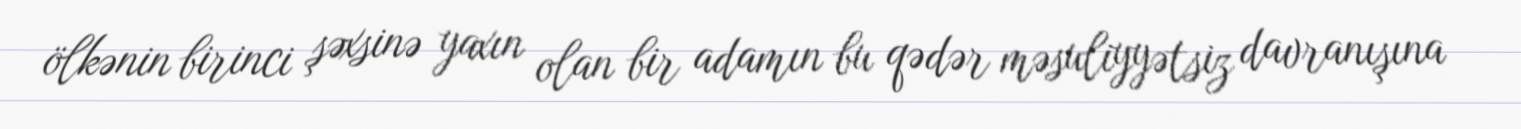
ölkənin birinci şəxsinə yaxın olan bir adamın bu qədər məsuliyyətsiz davranışına